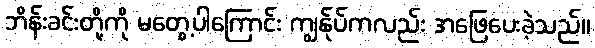
ဘိန်းခင်းတို့ကို မတွေ့ပါကြောင်း ကျွန်ုပ်ကလည်း အဖြေပေးခဲ့သည်။